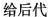
给后代